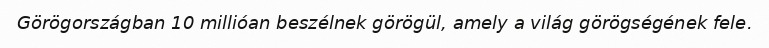
Görögországban 10 millióan beszélnek görögül, amely a világ görögségének fele.